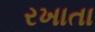
રખાતા